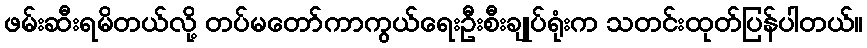
ဖမ်းဆီးရမိတယ်လို့ တပ်မတော်ကာကွယ်ရေးဦးစီးချုပ်ရုံးက သတင်းထုတ်ပြန်ပါတယ်။